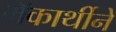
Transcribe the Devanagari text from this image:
मॅकार्थीने